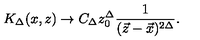
K _ { \Delta } ( x , z ) \rightarrow C _ { \Delta } z _ { 0 } ^ { \Delta } \frac { 1 } { ( \vec { z } - \vec { x } ) ^ { 2 \Delta } } .